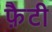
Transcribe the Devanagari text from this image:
फ़ैटी